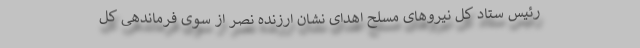
رئیس ستاد کل نیروهای مسلح اهدای نشان ارزنده نصر از سوی فرماندهی کل